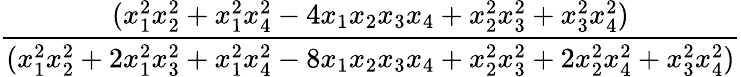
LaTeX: \displaystyle\frac{(x_{1}^{2}x_{2}^{2}+x_{1}^{2}x_{4}^{2}-4x_{1}x_{2}x_{3}x_{4}+x_{2}^{2}x_{3}^{2}+x_{3}^{2}x_{4}^{2})}{(x_{1}^{2}x_{2}^{2}+2x_{1}^{2}x_{3}^{2}+x_{1}^{2}x_{4}^{2}-8x_{1}x_{2}x_{3}x_{4}+x_{2}^{2}x_{3}^{2}+2x_{2}^{2}x_{4}^{2}+x_{3}^{2}x_{4}^{2})}